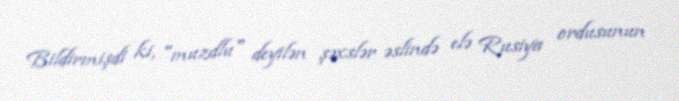
Bildirmişdi ki, "muzdlu" deyilən şəxslər əslində elə Rusiya ordusunun